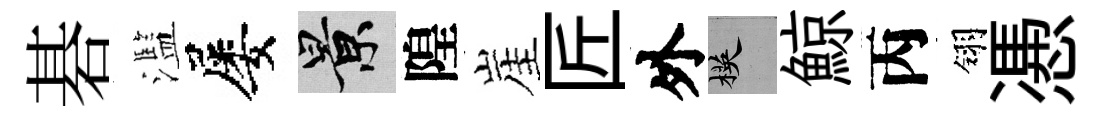
碁濫屡景隍崖匠外楧鯨丙翎慿